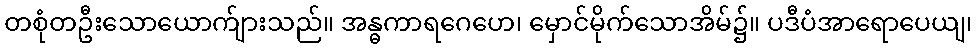
တစုံတဦးသောယောက်ျားသည်။ အန္ဓကာရဂေဟေ၊ မှောင်မိုက်သောအိမ်၌။ ပဒီပံအာရောပေယျ၊